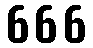
666